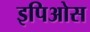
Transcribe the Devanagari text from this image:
इपिओस